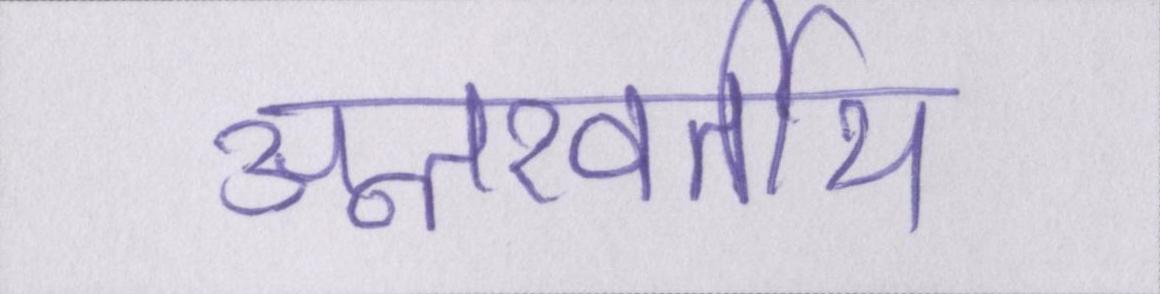
अन्तरवर्तीय